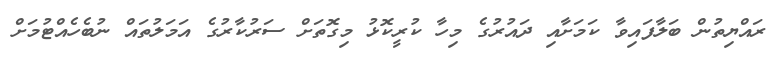
ރައްޔިތުން ބަލާފައިވާ ކަމަށާއި ދައުރުގެ މިހާ ކުރީކޮޅު މިގޮތަށް ސަރުކާރުގެ އަމަލުތައް ނުބެހެއްޓުމަށް